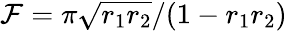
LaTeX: \mathcal{F}=\pi\sqrt{r_{1}r_{2}}/(1-r_{1}r_{2})